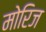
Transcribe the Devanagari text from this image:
मोरिज